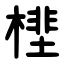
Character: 㯇